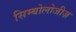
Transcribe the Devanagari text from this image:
सिम्बोलोजीज़